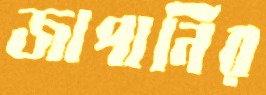
জাপানির